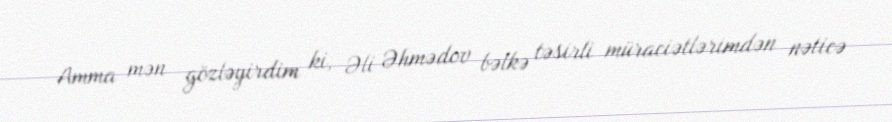
Amma mən gözləyirdim ki, Əli Əhmədov bəlkə təsirli müraciətlərimdən nəticə